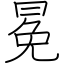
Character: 冕